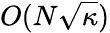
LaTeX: O(N{\sqrt{\kappa}})